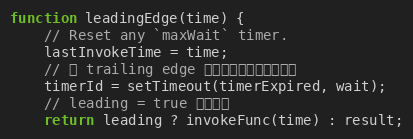
Language: JavaScript
function leadingEdge(time) {
    // Reset any `maxWait` timer.
    lastInvokeTime = time;
    // 为 trailing edge 触发函数调用设定定时器
    timerId = setTimeout(timerExpired, wait);
    // leading = true 执行函数
    return leading ? invokeFunc(time) : result;